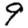
Digit: 9